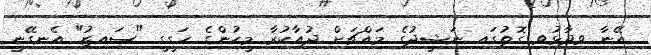
އޭނާ ވިދާޅުވި ގޮތުގައި ނަޝީދުގެ މައްޗަށް ދުއާކުރާ މީހުންގެ ހަގީގީ "ސައިޒު" އެނގޭނީ